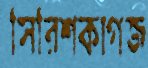
সিরিশকাগজ